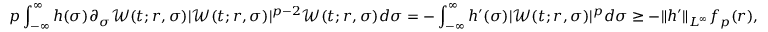
p \int _ { - \infty } ^ { \infty } h ( \sigma ) \partial _ { \sigma } \mathcal { W } ( t ; r , \sigma ) | \mathcal { W } ( t ; r , \sigma ) | ^ { p - 2 } \mathcal { W } ( t ; r , \sigma ) d \sigma = - \int _ { - \infty } ^ { \infty } h ^ { \prime } ( \sigma ) | \mathcal { W } ( t ; r , \sigma ) | ^ { p } d \sigma \geq - \| h ^ { \prime } \| _ { L ^ { \infty } } f _ { p } ( r ) ,